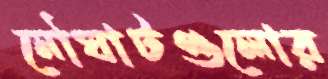
নৌঘাটগুলোর